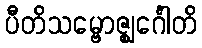
ပီတိသမ္ဗောဇ္ဈင်္ဂေါတိ